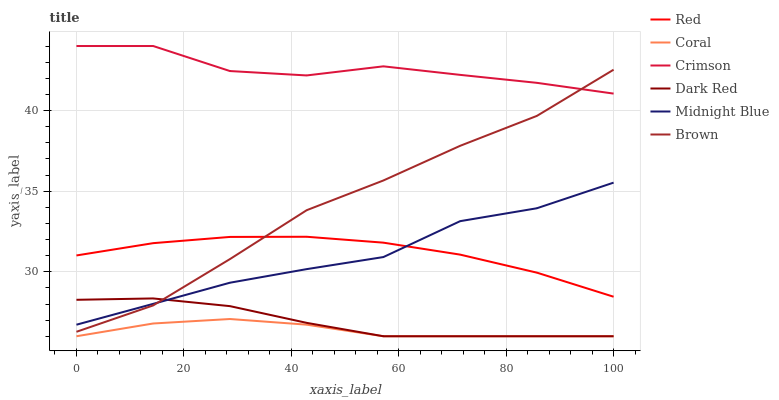
| xaxis_label | Red | Coral | Crimson | Dark Red | Midnight Blue | Brown |
 | --- | --- | --- | --- | --- | --- | --- |
 | 0 | 31 | 26 | 44 | 28.3 | 26.7 | 26.3 |
 | 14.3 | 31.8 | 26.8 | 44 | 28.3 | 28 | 27.9 |
 | 28.6 | 32.2 | 27.1 | 42.4 | 27.9 | 29.3 | 30.8 |
 | 42.9 | 32.2 | 26.7 | 42.2 | 26.8 | 30.2 | 33.8 |
 | 57.1 | 31.8 | 26 | 42.7 | 26 | 30.9 | 35.7 |
 | 71.4 | 31.1 | 26 | 42.2 | 26 | 33.1 | 37.8 |
 | 85.7 | 29.9 | 26 | 41.7 | 26 | 33.9 | 39.7 |
 | 100 | 28.5 | 26 | 41 | 26 | 35.5 | 42.5 |